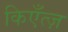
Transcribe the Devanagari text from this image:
किएँत्ज़